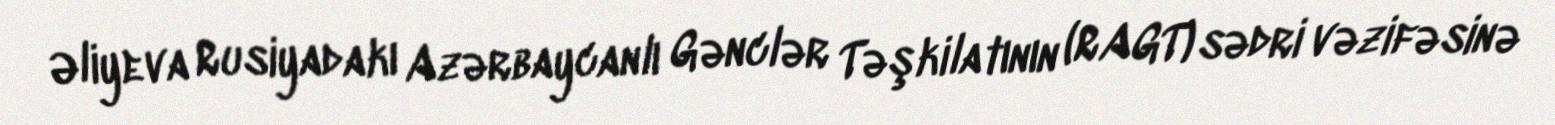
Əliyeva Rusiyadakı Azərbaycanlı Gənclər Təşkilatının (RAGT) sədri vəzifəsinə